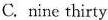
C. nine thirty